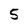
Character: 5